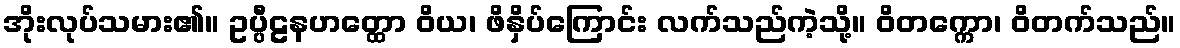
အိုးလုပ်သမား၏။ ဥပ္ပီဠနဟတ္ထော ဝိယ၊ ဖိနှိပ်ကြောင်း လက်သည်ကဲ့သို့။ ဝိတက္ကော၊ ဝိတက်သည်။